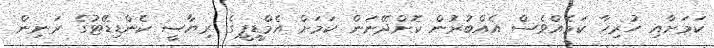
ކަމަށާއި ހުރިހާ ކަމެއްވެސް އެއްބުރުން ކޮށްދޭނަން ކަމަށް އެމްޑީޕީގެ ރިޔާސީ ކެންޑިޑޭޓުގެ ރަނިން